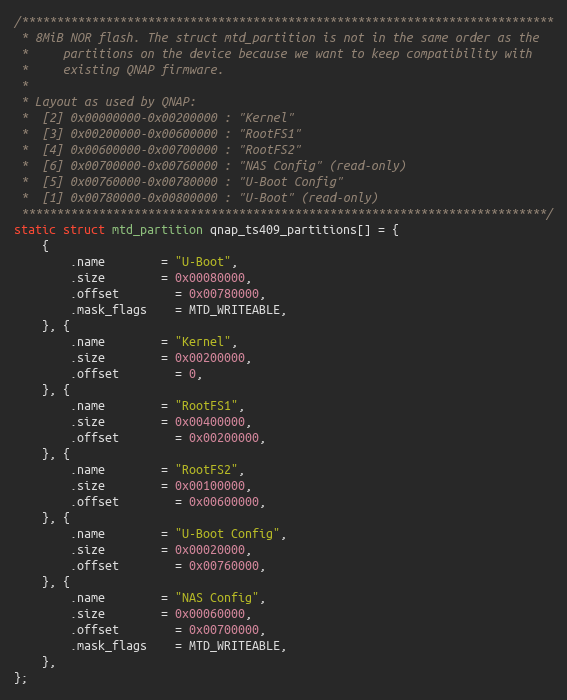
Language: C
/****************************************************************************
 * 8MiB NOR flash. The struct mtd_partition is not in the same order as the
 *     partitions on the device because we want to keep compatibility with
 *     existing QNAP firmware.
 *
 * Layout as used by QNAP:
 *  [2] 0x00000000-0x00200000 : "Kernel"
 *  [3] 0x00200000-0x00600000 : "RootFS1"
 *  [4] 0x00600000-0x00700000 : "RootFS2"
 *  [6] 0x00700000-0x00760000 : "NAS Config" (read-only)
 *  [5] 0x00760000-0x00780000 : "U-Boot Config"
 *  [1] 0x00780000-0x00800000 : "U-Boot" (read-only)
 ***************************************************************************/
static struct mtd_partition qnap_ts409_partitions[] = {
	{
		.name		= "U-Boot",
		.size		= 0x00080000,
		.offset		= 0x00780000,
		.mask_flags	= MTD_WRITEABLE,
	}, {
		.name		= "Kernel",
		.size		= 0x00200000,
		.offset		= 0,
	}, {
		.name		= "RootFS1",
		.size		= 0x00400000,
		.offset		= 0x00200000,
	}, {
		.name		= "RootFS2",
		.size		= 0x00100000,
		.offset		= 0x00600000,
	}, {
		.name		= "U-Boot Config",
		.size		= 0x00020000,
		.offset		= 0x00760000,
	}, {
		.name		= "NAS Config",
		.size		= 0x00060000,
		.offset		= 0x00700000,
		.mask_flags	= MTD_WRITEABLE,
	},
};